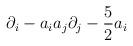
LaTeX: \begin{align*}\partial_i-a_i a_j \partial_j- {5\over 2} a_i\end{align*}